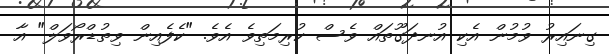
ގިނައިރު ވުމުން އެކި އުނދަގޫތައް ވެސް ކުރިމަތިވެ އެވެ. "ކެފެއިން ވިތުޑްރޯވަލް" އާ